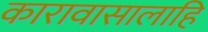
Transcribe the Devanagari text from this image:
कारावासालाहि